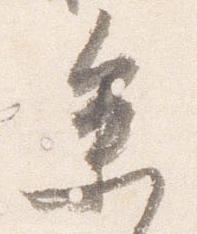
参